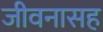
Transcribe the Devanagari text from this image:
जीवनासह